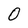
Character: O